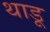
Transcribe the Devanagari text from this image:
थाडू